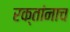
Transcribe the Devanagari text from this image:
रक्‍तांनाच